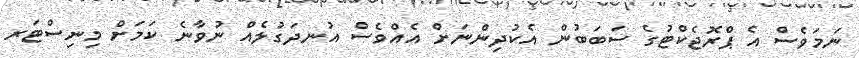
ނަމަވެސް އެ ޕްރޮޖެކްޓުގެ ސަބަބުން އެކުދިންނަށް އެއްވެސް އުނދަގުލެއް ނުވާނެ ކަމަށް މިނިސްޓަރ